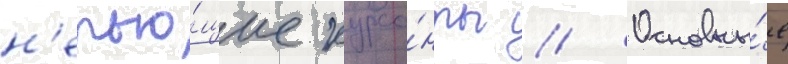
н'епью́щие курса́нты // Основны́е